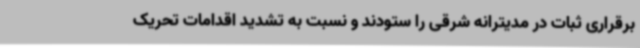
برقراری ثبات در مدیترانه شرقی را ستودند و نسبت به تشدید اقدامات تحریک